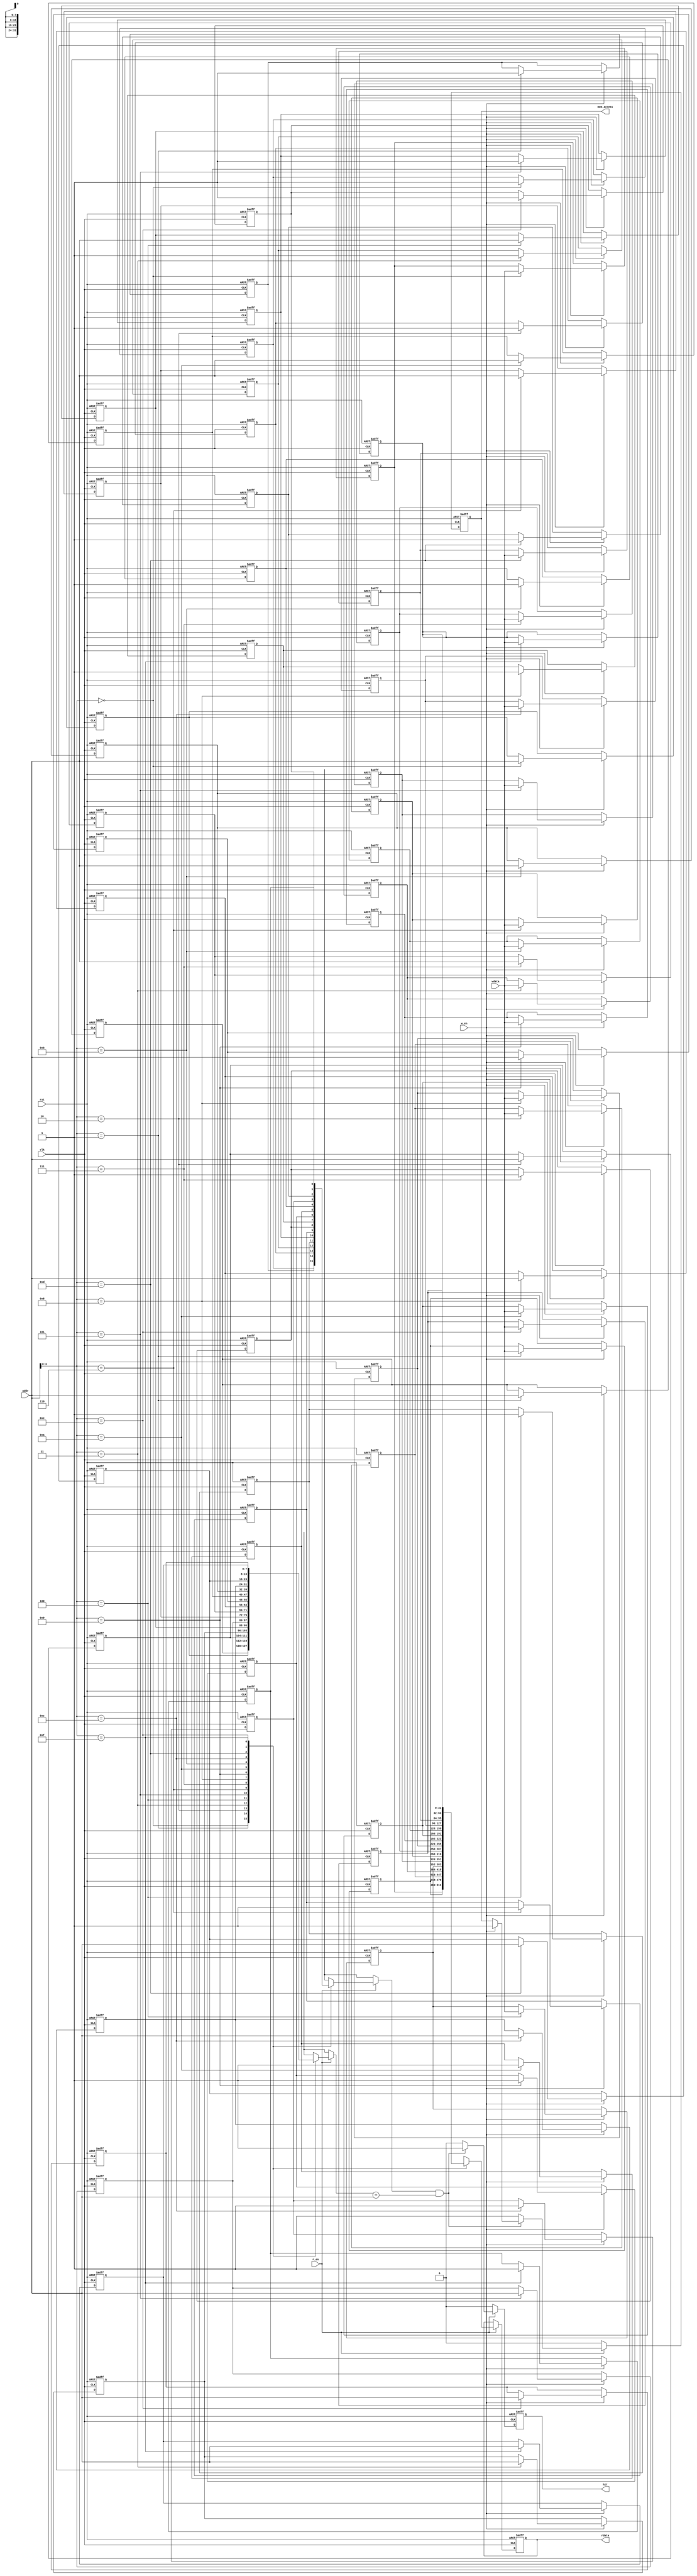
module write_through_cache #(
    parameter CACHE_SIZE = 16, // Number of entries in cache
    parameter ADDR_WIDTH = 8,   // Address width
    parameter DATA_WIDTH = 32   // Data width
) (
    input wire clk,
    input wire rst,
    input wire [ADDR_WIDTH-1:0] addr,
    input wire [DATA_WIDTH-1:0] wdata,
    input wire r_en,
    input wire w_en,
    output reg [DATA_WIDTH-1:0] rdata,
    output reg hit,
    output reg mem_access // Indicates when memory access occurs
);

    // Cache storage array
    reg [DATA_WIDTH-1:0] cache_data [0:CACHE_SIZE-1];
    reg [ADDR_WIDTH-1:0] cache_tags [0:CACHE_SIZE-1];
    reg cache_valid [0:CACHE_SIZE-1];
    
    // Calculate index and tag
    wire [ADDR_WIDTH-1:0] index = addr[ADDR_WIDTH-1:0];  // Use all bits for a simple example
    wire [ADDR_WIDTH-1:0] tag = addr[ADDR_WIDTH-1:0];    // Assuming last bits are the address for simplicity

    // Cache operation
    integer i;

    always @(posedge clk or posedge rst) begin
        if (rst) begin
            // Reset cache
            for (i = 0; i < CACHE_SIZE; i = i + 1) begin
                cache_valid[i] <= 1'b0;
                cache_tags[i] <= {ADDR_WIDTH{1'b0}};
                cache_data[i] <= {DATA_WIDTH{1'b0}};
            end
            rdata <= {DATA_WIDTH{1'b0}};
            hit <= 1'b0;
            mem_access <= 1'b0;
        end else begin
            // Write Operation
            if (w_en) begin
                // Write to cache and memory
                cache_data[index] <= wdata;
                cache_tags[index] <= tag;
                cache_valid[index] <= 1'b1;
                mem_access <= 1'b1; // Memory access occurs
            end

            // Read Operation
            if (r_en) begin
                if (cache_valid[index] && (cache_tags[index] == tag)) begin
                    // Cache Hit
                    rdata <= cache_data[index];
                    hit <= 1'b1;
                end else begin
                    // Cache Miss, fetching from memory
                    rdata <= cache_data[index]; // This would be replaced by a memory access in a real scenario
                    hit <= 1'b0; // Miss, so hit is false
                    mem_access <= 1'b1; // Indicate memory access
                end
            end else begin
                hit <= 1'b0; // No read, must clear hit
                mem_access <= 1'b0; // Clear memory access
            end
        end
    end
endmodule